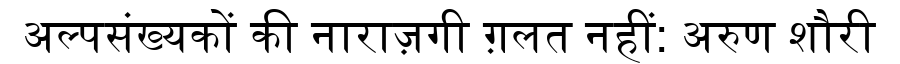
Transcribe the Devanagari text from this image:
अल्पसंख्यकों की नाराज़गी ग़लत नहीं: अरुण शौरी